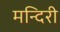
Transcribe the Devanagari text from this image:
मन्दिरी